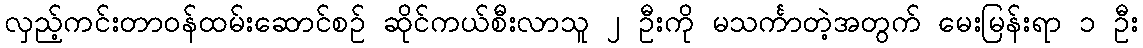
လှည့်ကင်းတာဝန်ထမ်းဆောင်စဉ် ဆိုင်ကယ်စီးလာသူ ၂ ဦးကို မသင်္ကာတဲ့အတွက် မေးမြန်းရာ ၁ ဦး